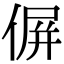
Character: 偋